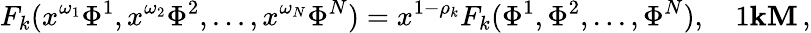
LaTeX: F_{k}(x^{\omega_{1}}\Phi^{1},x^{\omega_{2}}\Phi^{2},...,x^{\omega_{N}}\Phi^{N})=x^{1-\rho_{k}}F_{k}(\Phi^{1},\Phi^{2},...,\Phi^{N}),\quad 1\le k\le M\, ,